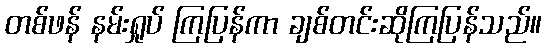
တစ်ဖန် နမ်းရှုပ် ကြပြန်ကာ ချစ်တင်းဆိုကြပြန်သည်။